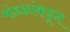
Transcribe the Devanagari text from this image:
मंडळांकडून